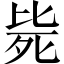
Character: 毙